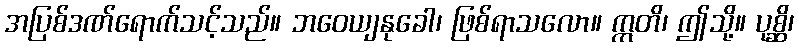
အပြစ်ဒဏ်ရောက်သင့်သည်။ ဘဝေယျနုခေါ၊ ဖြစ်ရာသလော။ ဣတိ၊ ဤသို့။ ပုစ္ဆိ၊